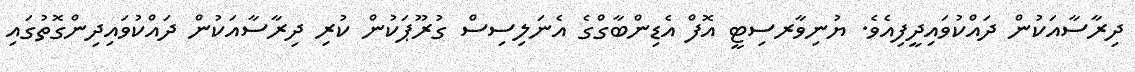
ދިރާސާއަކުން ދައްކުވައިދީފިއެވެ. ޔުނިވާރސިޓީ އޮފް އެޑިންބާގްގެ އެނަލިސިސް ގުރޫޕަކުން ކުރި ދިރާސާއަކުން ދައްކުވައިދިންގޮތުގައި